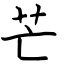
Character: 芒